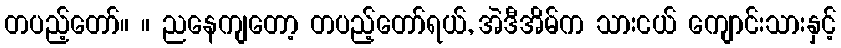
တပည့်တော်။ ။ ညနေကျတော့ တပည့်တော်ရယ်, အဲဒီအိမ်က သားငယ် ကျောင်းသားနှင့်